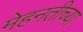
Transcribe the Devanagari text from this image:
मेहनतीच्या